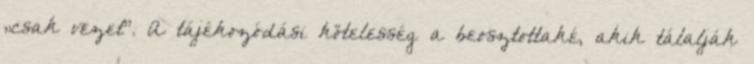
„csak vezet”. A tájékozódási kötelesség a beosztottaké, akik tálalják